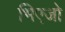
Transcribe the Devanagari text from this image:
भिएजो